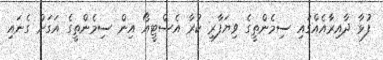
ފުޅާ ދާއިރާއެއްގައި ސިމެންތީގެ ވިޔަފާރި ކުރާ އެސްޓީއޯ އިން ސިމެންތީގެ އަގަށް ގެނައި